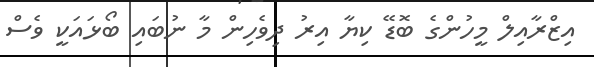
އިޒްރާއިލް މީހުންގެ ބޮޑޭ ކިޔާ އިރު ދިވެހިން މާ ނުބައި ބޯޅައަކީ ވެސް